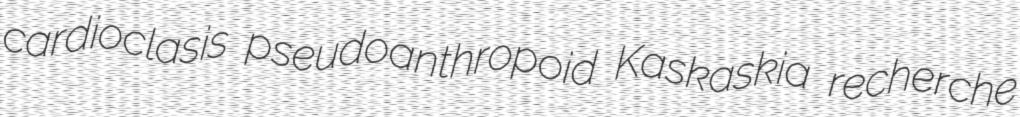
cardioclasis pseudoanthropoid Kaskaskia recherche